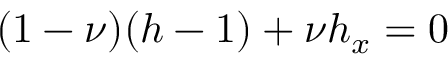
( 1 - \nu ) ( h - 1 ) + \nu h _ { x } = 0